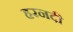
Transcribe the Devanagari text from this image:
हरनदी